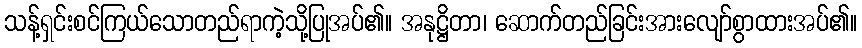
သန့်ရှင်းစင်ကြယ်သောတည်ရာကဲ့သို့ပြုအပ်၏။ အနုဋ္ဌိတာ၊ ဆောက်တည်ခြင်းအားလျော်စွာထားအပ်၏။